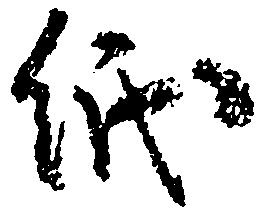
紙